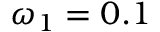
\omega _ { 1 } = 0 . 1